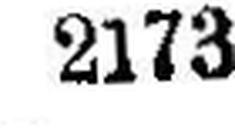
2273